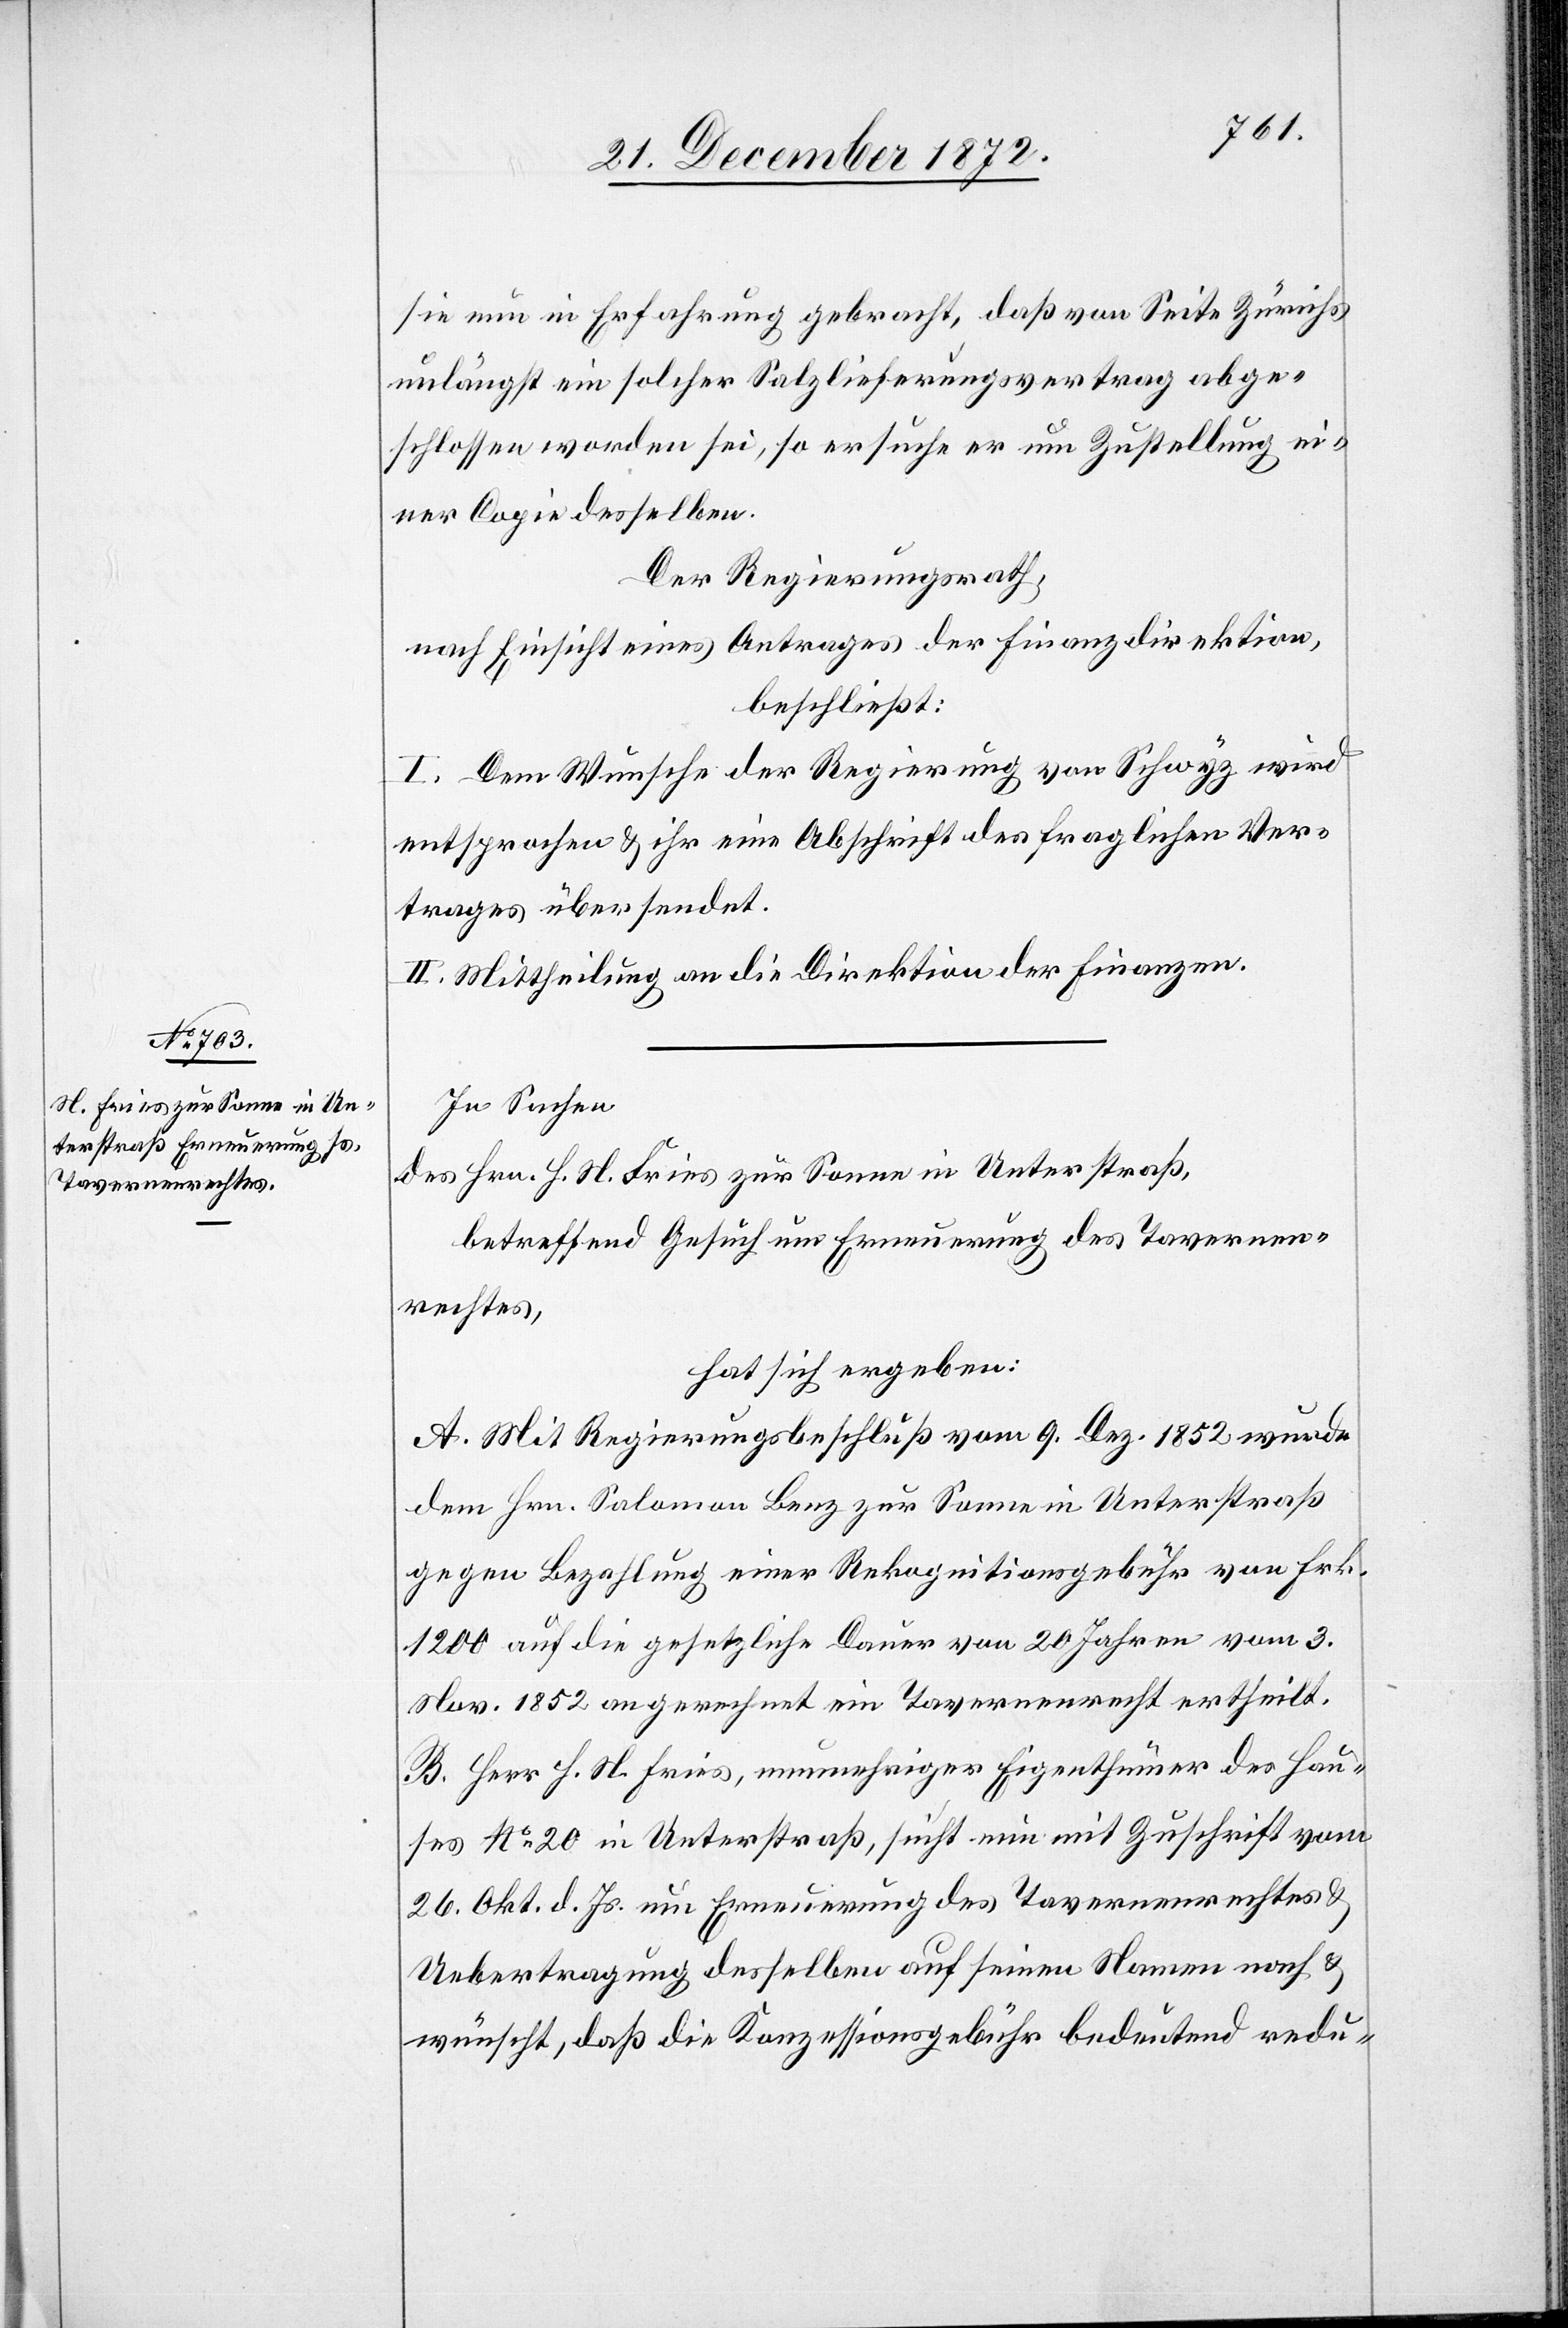
sie nun in Erfahrung gebracht, daß von Seite Zürichs
unlängst ein solcher Salzlieferungsvertrag abge¬
schlossen worden sei, so ersuche er um Zustellung ei¬
ner Copie desselben.
Der Regierungsrath,
nach Einsicht eines Antrages der Finanzdirektion,
beschließt:
I. Dem Wunsche der Regierung von Schwyz wird
entsprochen u. ihr eine Abschrift des fraglichen Ver¬
trages übersendet.
II. Mittheilung an die Direktion der Finanzen.
In Sachen
des Hrn. H. N. Fries zur Sonne in Unterstraß,
betreffend Gesuch um Erneuerung des Tavernen¬
rechtes,
hat sich ergeben:
A. Mit Regierungsbeschluß vom 9. Dez. 1852 wurde
dem Hrn. Salomon Benz zur Sonne in Unterstraß
gegen Bezahlung einer Rekognitionsgebühr von Frk.
1200 auf die gesetzliche Dauer von 20 Jahren vom 3.
Nov. 1852 an gerechnet ein Tavernenrecht ertheilt.
B. Herr H. N. Fries, nunmehriger Eigenthümer des Hau¬
ses No 20 in Unterstraß, sucht nun mit Zuschrift vom
26. Okt. d. Js. um Erneuerung des Tavernenrechtes u.
Uebertragung desselben auf seinen Namen nach u.
wünscht, daß die Konzessionsgebühr bedeutend redu-